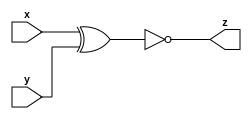
module B( input x, input y, output z );
    assign z= ~(x^y);
endmodule

module A(input x, input y, output z);
    assign z = (x^y) & x;
endmodule


module top_module (input x, input y, output z);

wire  zIA1, zIB1, zIA2, zIB2;


A IA1(x,y,zIA1);
B IB1(x,y,zIB1);
A IA2(x,y,zIA2);
B IB2(x,y,zIB2);


assign z = (zIA1 | zIB1) ^ (zIA2 & zIB2); 



endmodule